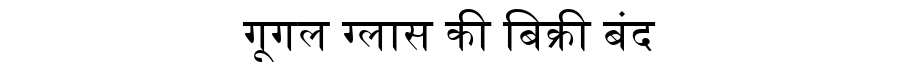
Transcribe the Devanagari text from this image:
गूगल ग्लास की बिक्री बंद